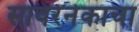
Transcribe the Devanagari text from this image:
सायरेनेकाचा